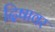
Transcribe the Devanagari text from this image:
दिषावर